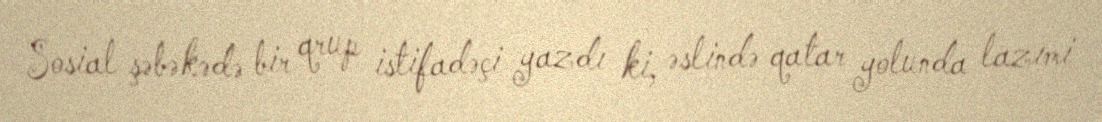
Sosial şəbəkədə bir qrup istifadəçi yazdı ki, əslində qatar yolunda lazımi